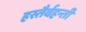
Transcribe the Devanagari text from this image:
हस्तैर्वहन्तीं